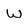
Character: W